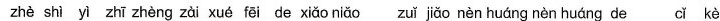
zhè shì yi zhī zhèng zài xué fēi de xiǎo niǎo zuǐ jiǎo nèn huáng nèn huáng de cǐ kè